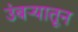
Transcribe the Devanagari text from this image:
उंबऱ्यातून